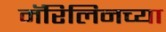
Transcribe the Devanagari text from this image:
मॅरिलिनच्या